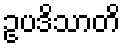
ဥပဒိသာတိ